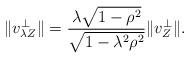
LaTeX: \begin{align*}\|v^{\perp}_{\lambda Z}\|=\frac{\lambda\sqrt{1-{\rho}^2}}{\sqrt{1-{\lambda}^2{\rho}^2}}\|v^{\perp}_{Z}\|.\end{align*}